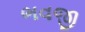
ભવજી